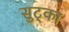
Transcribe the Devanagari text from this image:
सुट्का